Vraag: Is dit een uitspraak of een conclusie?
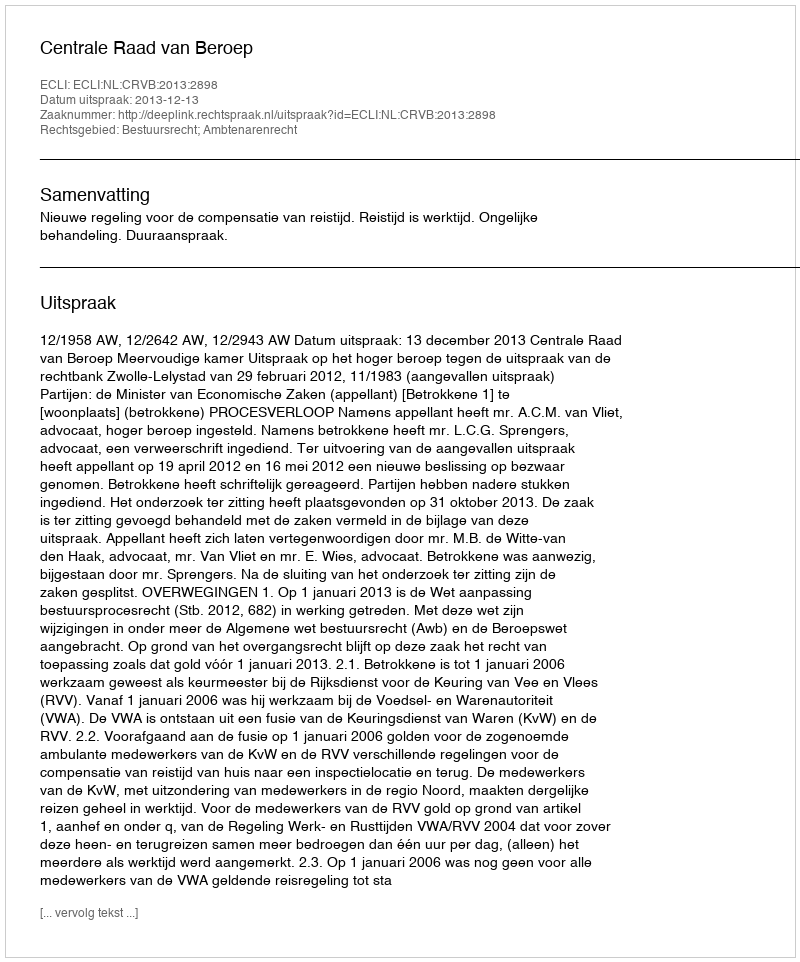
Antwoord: Uitspraak